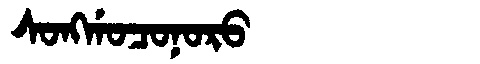
Manchu: ᠰᠣᠩᡤᠣᠴᠣᠨᠣᡵᠣ
Romanization: SONGGOCONORO